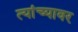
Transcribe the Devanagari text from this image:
त्यांच्यावर